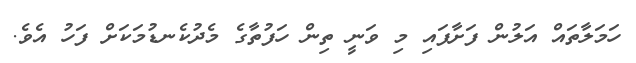
ހަމަލާތައް އަލުން ފަށާފައި މި ވަނީ ތިން ހަފުތާގެ މެދުކެނޑުމަކަށް ފަހު އެވެ.